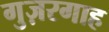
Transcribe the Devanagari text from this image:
गुज़रगाह